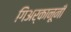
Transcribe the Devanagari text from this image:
गिअर्कानूनी